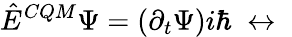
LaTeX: \hat{E}^{CQM}\Psi=(\partial_{t}\Psi)i\hbar\; \leftrightarrow\; \;